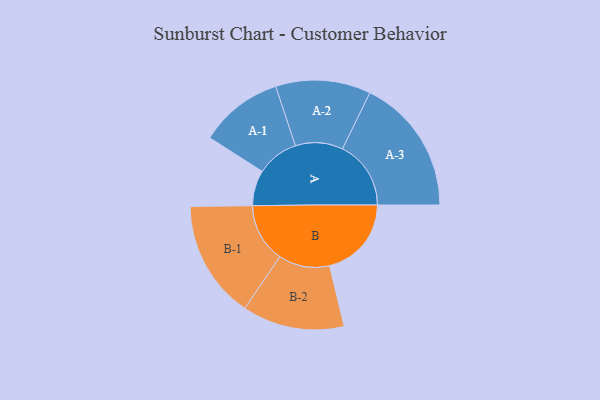
{"axis": {"x": "Segment", "y": "Value"}, "legend": ["", "A", "B"], "data": [{"x": "A", "y": 151, "type": ""}, {"x": "B", "y": 348, "type": ""}, {"x": "A-1", "y": 178, "type": "A"}, {"x": "A-2", "y": 202, "type": "A"}, {"x": "A-3", "y": 291, "type": "A"}, {"x": "B-1", "y": 251, "type": "B"}, {"x": "B-2", "y": 217, "type": "B"}]}